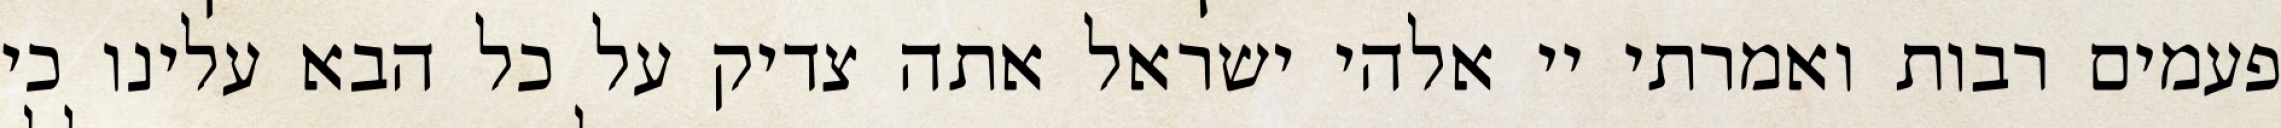
פעמים רבות ואמרתי יי אלהי ישראל אתה צדיק על כל הבא עלינו כי